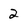
Character: 2